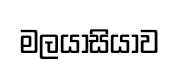
මලයාසියාව